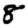
Digit: 8